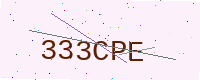
Text: 333CPE